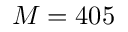
M = 4 0 5